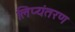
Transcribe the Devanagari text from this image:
लिप्‍यंतरण